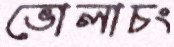
ভোলাচং